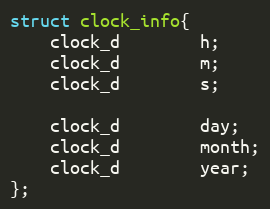
Language: C
struct clock_info{
	clock_d		h;
	clock_d		m;
	clock_d		s;

	clock_d		day;
	clock_d		month;
	clock_d		year;
};